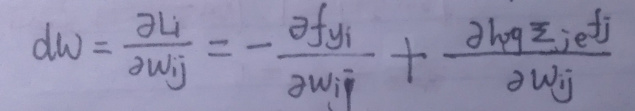
\[
dW=\frac{\partial L_i}{\partial w_{ij}}=-\frac{\partial f y_i}{\partial w_{ij}}+\frac{\partial h \eta \sum_{j} e^{f_j}}{\partial w_{ij}}
\]